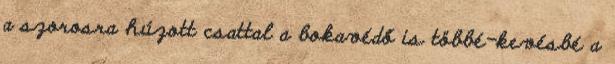
a szorosra húzott csattal a bokavédő is többé-kevésbé a